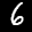
Label: 6